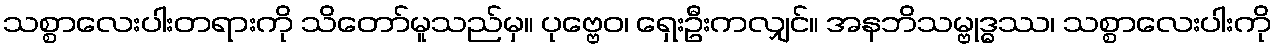
သစ္စာလေးပါးတရားကို သိတော်မူသည်မှ။ ပုဗ္ဗေဝ၊ ရှေးဦးကလျှင်။ အနဘိသမ္ဗုဒ္ဓဿ၊ သစ္စာလေးပါးကို